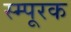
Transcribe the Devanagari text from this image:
स्म्पूरक